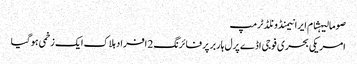
صومالیہشام ایرانیمنڈونلڈ ٹرمپ
امریکی بحری فوجی اڈے پرل ہاربر پر فائرنگ 2 افراد ہلاک ایک زخمی ہوگیا